Civil Veterinary Dept. Bombay admin report 1923-31 - 1923-1931
Year: 1923
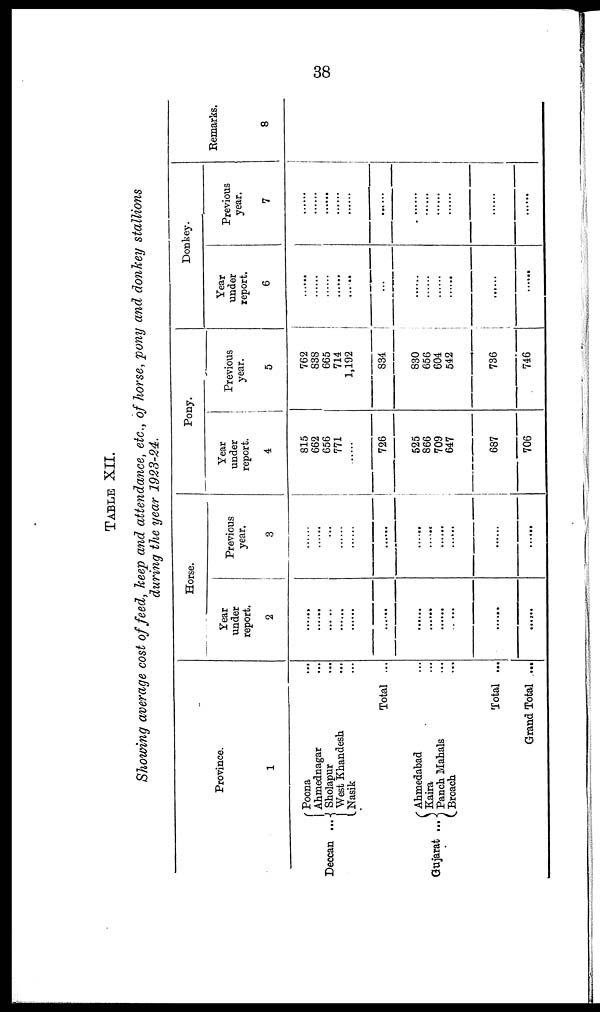
38
TABLE XII.
Showing average cost of feed, keep and attendance, etc., of horse, pony and donkey stallions
during the year 1923-24.
Province.
1
Deccan
Poona ...
Ahmednagar ...
... Sholapur ...
West Khandesh ...
Nasik ...
Total ...
Gujarat
Ahmedabad ...
Kaira ...
... Panch Mahals ...
Broach ...
Total ...
Grand Total ...
Horse.
Year
under
report.
2
......
......
......
......
......
......
......
......
......
.. ...
......
......
Previous
year.
3
......
......
...
......
......
......
......
......
......
......
......
......
Pony.
Year
under
report.
4
815
662
656
771
......
726
525
866
709
647
687
706
Previous
year.
5
762
838
665
714
1,192
834
830
656
604
542
736
746
Donkey.
Year
under
report.
6
......
......
......
......
......
......
......
......
......
......
......
......
Previous
year.
7
......
......
......
......
......
......
......
......
......
......
......
Remarks.
8